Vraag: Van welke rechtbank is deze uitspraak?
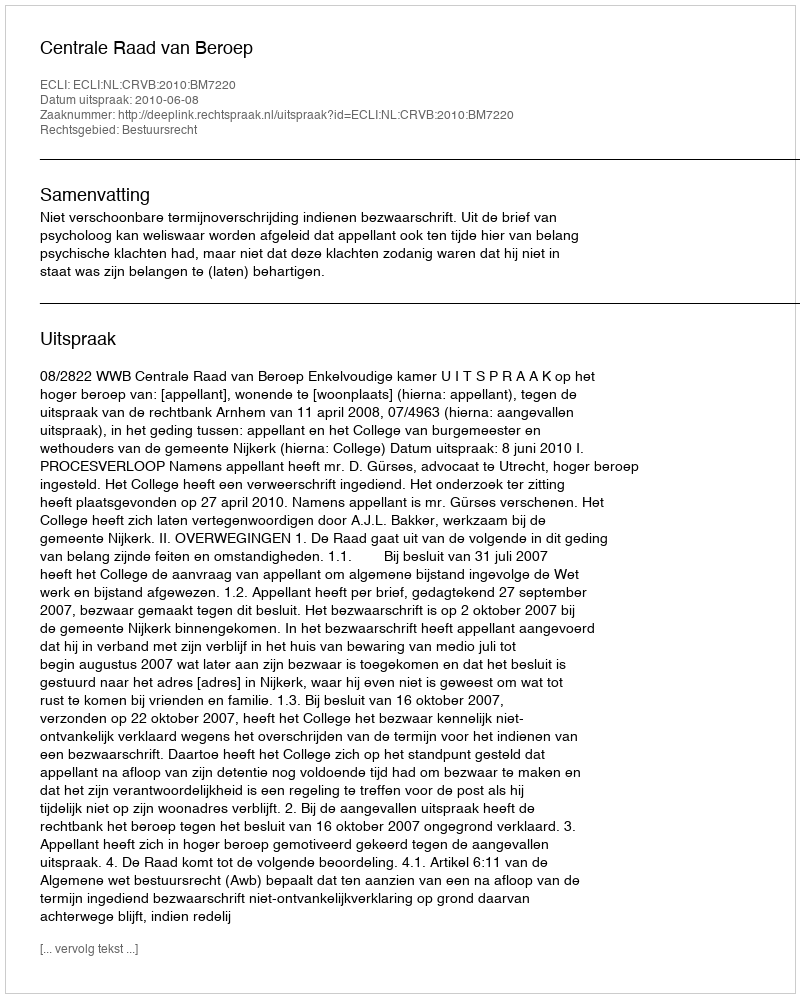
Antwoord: Centrale Raad van Beroep